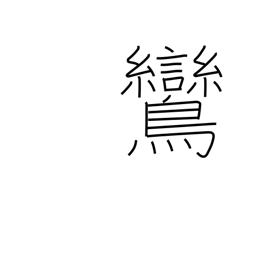
Meaning: fabulous mythical bird